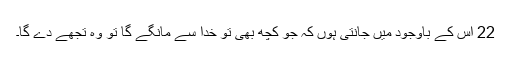
22 اس کے باوجود میں جانتی ہوں کہ جو کچھ بھی تو خدا سے مانگے گا تو وہ تجھے دے گا۔